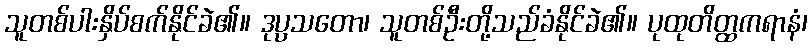
သူတစ်ပါးနှိပ်စက်နိုင်ခဲ၏။ ဒုပ္ပသတော၊ သူတစ်ဦးတို့သည်ခံနိုင်ခဲ၏။ ပုထုတိတ္ထကရာနံ၊